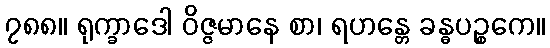
၇၈၈။ ရုက္ခာဒေါ ဝိဇ္ဇမာနေ စာ၊ ရဟန္တေ ခန္ဓပဉ္စကေ။